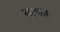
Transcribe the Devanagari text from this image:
सलास